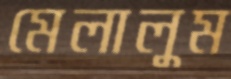
মেলালুম